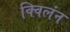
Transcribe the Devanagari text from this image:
क्विलंन